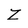
Character: Z